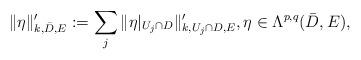
LaTeX: \begin{align*}\|\eta\|_{k,\bar D,E}':=\sum_j \|\eta|_{U_j\cap D}\|_{k,U_j\cap D,E}',\eta\in \Lambda^{p,q}(\bar{D},E),\end{align*}